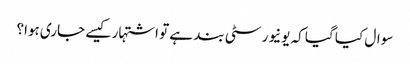
سوال کیا گیا کہ یونیورسٹی بند ہے تو اشتہار کیسے جاری ہوا؟